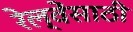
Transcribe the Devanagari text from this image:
रेल्वेंसाठी